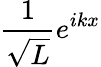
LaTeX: \frac{1}{\sqrt{L}}e^{ikx}